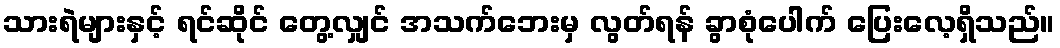
သားရဲများနှင့် ရင်ဆိုင် တွေ့လျှင် အသက်ဘေးမှ လွတ်ရန် ခွာစုံပေါက် ပြေးလေ့ရှိသည်။